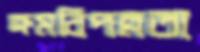
ক্রমবিপন্নতা